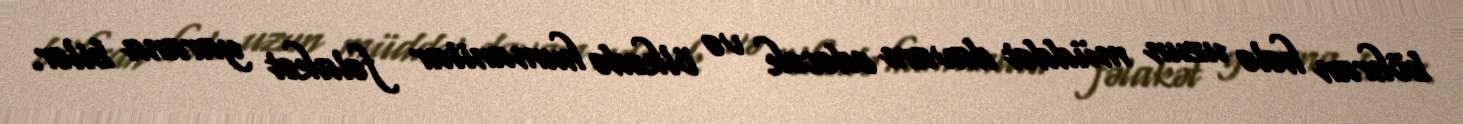
böhran hələ uzun müddət davam edəcək və ölkədə humanitar fəlakət yarana bilər.